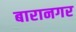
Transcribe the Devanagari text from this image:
बारानगर